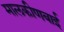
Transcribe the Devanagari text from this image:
मालकीणबाई